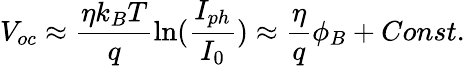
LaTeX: V_{oc}\approx\frac{\eta k_{B}T}{q}\ln(\frac{I_{ph}}{I_{0}})\approx\frac{\eta}{q}\phi_{B}+Const.